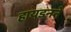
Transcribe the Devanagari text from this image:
हायडनने